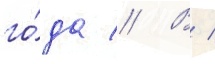
го́да // В /